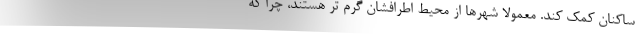
ساکنان کمک کند. معمولاً شهرها از محیط اطرافشان گرم تر هستند، چرا که